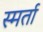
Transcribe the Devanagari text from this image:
स्मर्ता